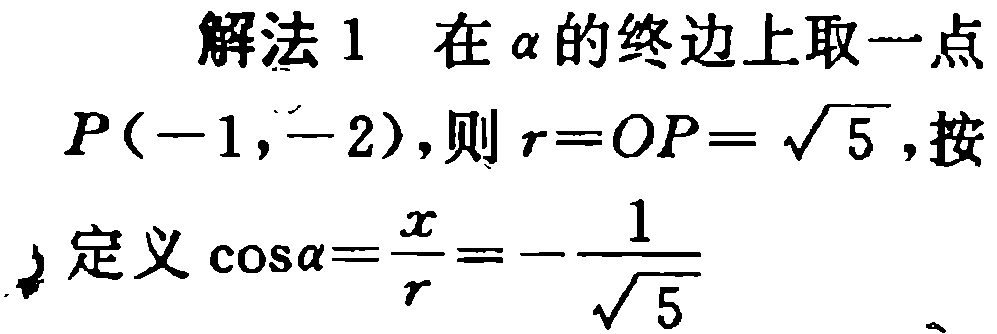
解法 1 在\(\alpha\)的终边上取一点
\(P(-1,-2)\)，则\(r = OP=\sqrt{5}\)，按
定义\(\cos\alpha=\frac{x}{r}=-\frac{1}{\sqrt{5}}\)